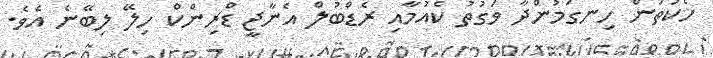
ހެކަތަން ހިނގަމުންދާ ވަގުތު ކެއުމާއި ރެޑްބުލް އެނާޖީ ޑްރިންކް ހިލޭ ލިބޭނެ އެވެ.